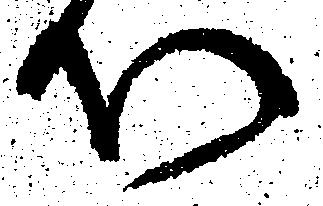
心